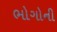
ભોગોની